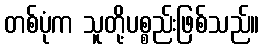
တစ်ပုံက သူတို့ပစ္စည်းဖြစ်သည်။